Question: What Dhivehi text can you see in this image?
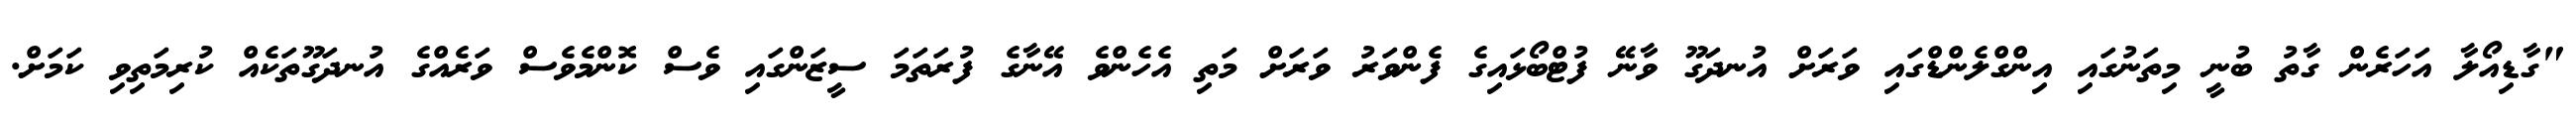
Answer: "ގާޑިއޯލާ އަހަރެން ގާތު ބުނީ މިތަނުގައި އިންގްލެންޑްގައި ވަރަށް އުނދަގޫ ވާނޭ ފުޓްބޯޅައިގެ ފެންވަރު ވަރަށް މަތި އެހެންވެ އޭނާގެ ފުރަތަމަ ސީޒަންގައި ވެސް ކޮންމެވެސް ވަރެއްގެ އުނދަގޫތަކެއް ކުރިމަތިވި ކަމަށް.